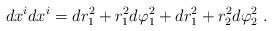
LaTeX: \begin{align*}d x^i d x^i = d r^2_1 + r^2_1 d \varphi^2_1 + d r^2_1 + r^2_2 d \varphi_2^2 ~.\end{align*}